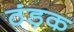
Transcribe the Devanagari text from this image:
ठंड़क